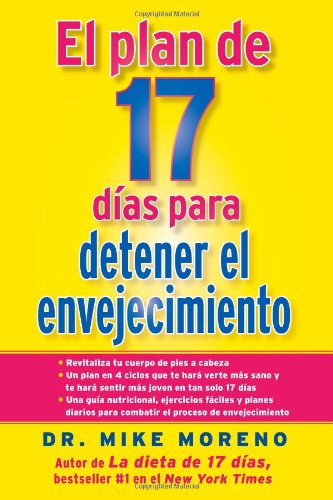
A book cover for El Plan de 17 dias para detener el envejecimiento; Dr. Mike Moreno; Health, Fitness & Dieting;